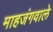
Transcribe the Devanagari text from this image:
माहजंगवाले